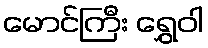
မောင်ကြီး ရွှေဝါ